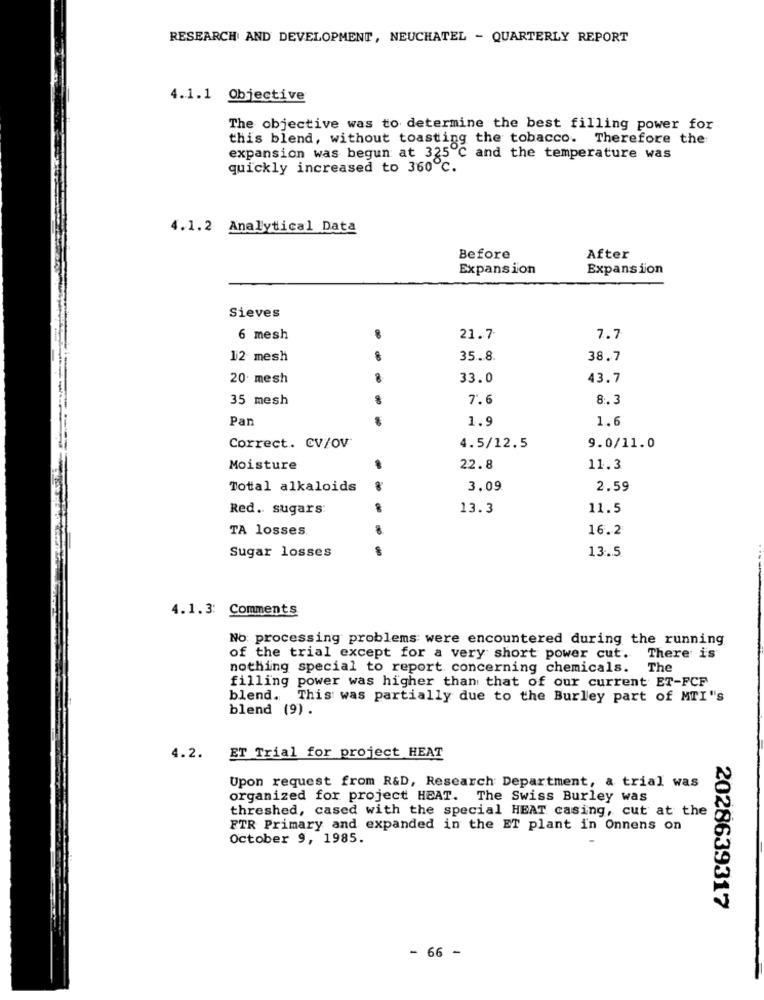
RESEARCH AND DEVELOPMENT, NEUCHATEL - QUARTERLY REPORT
4.1.1 Objective
The objective was to determine the best filling power for
this blend, without toasting the tobacco. Therefore the
expansion was begun at 325℃ and the temperature was
quickly increased to 360℃.
4.1.2 Analytical Data
Before
After
Expansion
Expansion
Sieves
6 mesh
8
21.7
7.7
12 mesh
35.8
38.7
20 mesh
33.0
43.7
35 mesh
7'.6
8.3
Pan
1.9
1.6
Correct. CV/OV
4.5/12.5
9.0/11.0
Moisture
22.8
11.3
Total alkaloids
3.09
2.59
Red. sugars:
13.3
11.5
TA losses
16.2
Sugar losses
13.5
4.1.3 Comments
No: processing problems were encountered during the running
of the trial except for a very short power cut. There is
nothing special to report concerning chemicals. The
filling power was higher than that of our current ET-FCF
blend. This was partially due to the Burley part of MTI"'s
blend (9).
4.2.
ET Trial for project HEAT
Upon request from R&D, Research Department, a trial was
organized for project HEAT. The Swiss Burley was
threshed, cased with the special HEAT casing, cut at the
FTR Primary and expanded in the ET plant in Onnens on
October 9, 1985.
2028639317
- 66 -